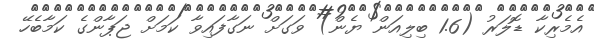
އެމެރިކާ ޑޮލަރު (1.6 ބިލިއަން ޔެން) ވަގަށް ނަގާފައިވާ ކަމަށް ޖަޕާންގެ ކަމާބެހޭ